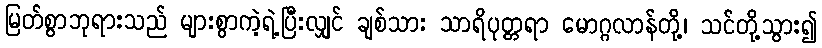
မြတ်စွာဘုရားသည် များစွာကဲ့ရဲ့ပြီးလျှင် ချစ်သား သာရိပုတ္တရာ မောဂ္ဂလာန်တို့၊ သင်တို့သွား၍